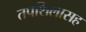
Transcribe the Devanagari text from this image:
तपशिलासह